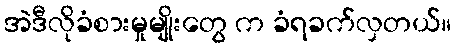
အဲဒီလိုခံစားမှုမျိုးတွေ က ခံရခက်လှတယ်။